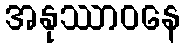
အနုဿာဝနေ